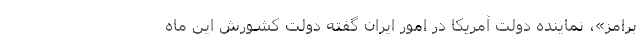
برامز»، نماینده دولت آمریکا در امور ایران گفته دولت کشورش این ماه